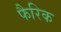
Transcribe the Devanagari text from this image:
फैरिक